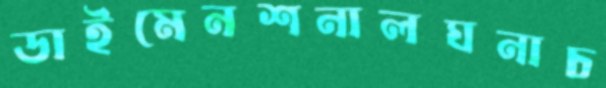
ডাইমেনশনালঘনাচ